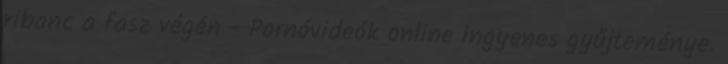
ribanc a fasz végén - Pornóvideók online ingyenes gyűjteménye.